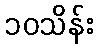
၁၀သိန်း